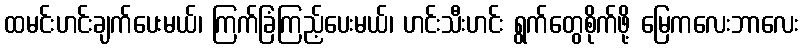
ထမင်းဟင်းချက်ပေးမယ်၊ ကြက်ခြံကြည့်ပေးမယ်၊ ဟင်းသီးဟင်း ရွက်တွေစိုက်ဖို့ မြေကလေးဘာလေး